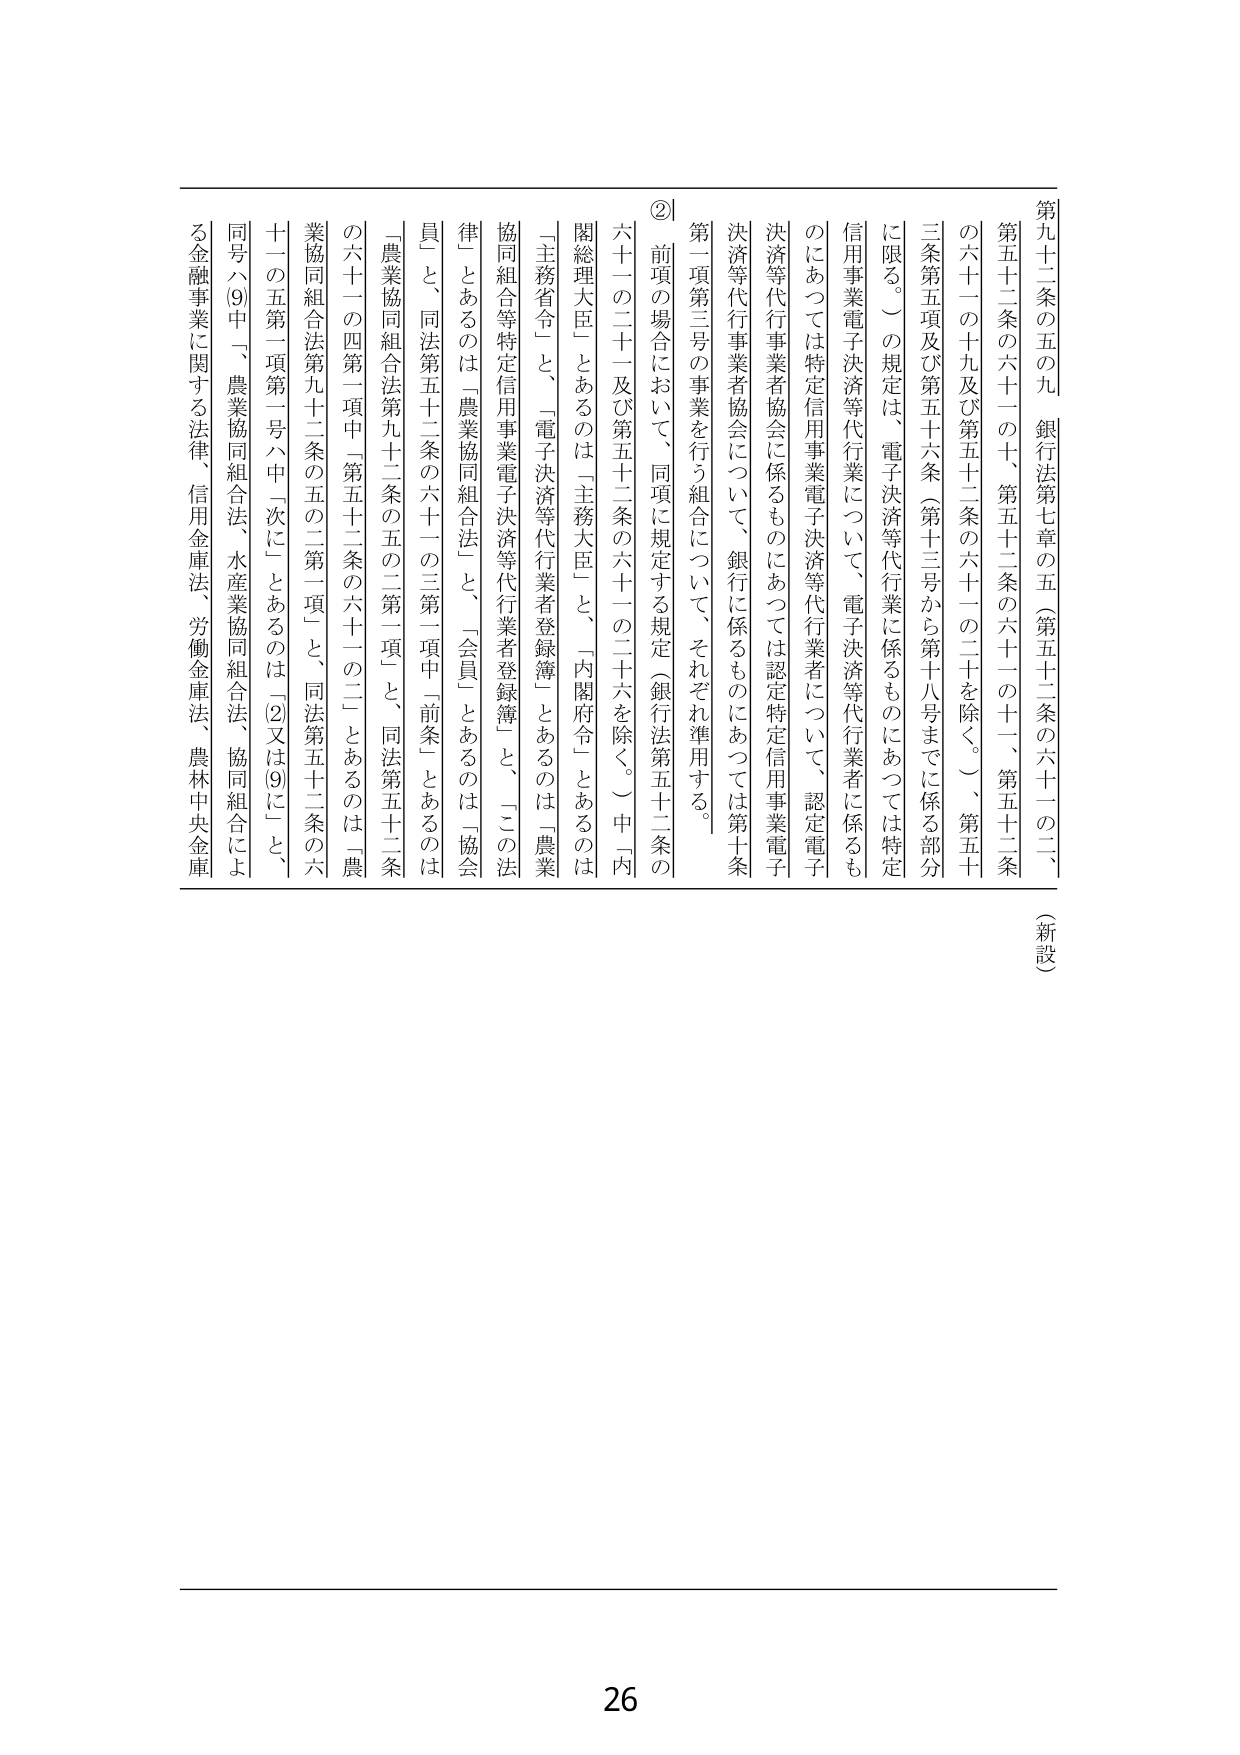
第九十二条の五の九（銀行法第七章の五（第五十二条の六十一の二、第五十二条の六十一の十、第五十二条の六十一の十一、第五十二条の六十一の十九及び第五十二条の六十一の二十を除く。）、第五十三条第五項及び第五十六条（第十三号から第十八号までに係る部分に限る。）の規定は、電子決済等代行業に係るものにあつては特定信用事業電子決済等代行業について、電子決済等代行業者に係るものにあつては特定信用事業電子決済等代行業者について、認定電子決済等代行業者協会に係るものにあつては認定特定信用事業電子決済等代行業者協会について、銀行に係るものにあつては第十条第一項第三号の事業を行う組合について、それぞれ準用する。

② 前項の場合において、同項に規定する規定（銀行法第五十二条の六十一の二十一及び第五十二条の六十一の二十六を除く。）中「内閣総理大臣」とあるのは「主務大臣」と、「内閣府令」とあるのは「主務省令」と、「電子決済等代行業者登録簿」とあるのは「農業協同組合等特定信用事業電子決済等代行業者登録簿」と、「この法律」とあるのは「農業協同組合法」と、「会員」とあるのは「協会員」と、同法第五十二条の六十一の三第一項中「前条」とあるのは「農業協同組合法第九十二条の五の二第一項」と、同法第五十二条の六十一の四第一項中「第五十二条の六十一の二」とあるのは「農業協同組合法第九十二条の五の二第一項」と、同法第五十二条の六十一の五第一項第一号ハ中「次に」とあるのは「(2)又は(9)に」と、同号ハ(9)中「、農業協同組合法、水産業協同組合法、協同組合による金融事業に関する法律、信用金庫法、労働金庫法、農林中央金庫

（新設）

26